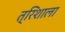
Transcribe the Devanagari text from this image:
त्रिशाला